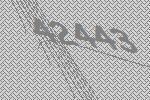
42443